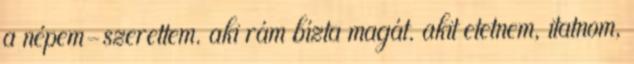
a népem-szerettem. aki rám bízta magát. akit etetnem, itatnom,